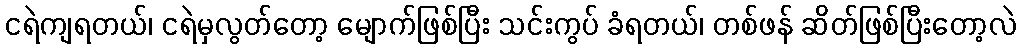
ငရဲကျရတယ်၊ ငရဲမှလွတ်တော့ မျောက်ဖြစ်ပြီး သင်းကွပ် ခံရတယ်၊ တစ်ဖန် ဆိတ်ဖြစ်ပြီးတော့လဲ